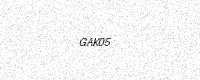
Text: GAK05